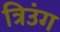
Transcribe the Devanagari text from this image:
त्रिउंग